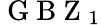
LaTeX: \mathrm{~G~B~Z~}_{1}